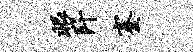
眼阡蹇